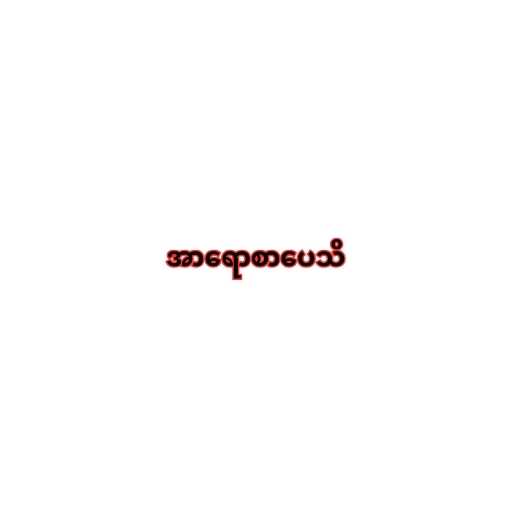
အာရောစာပေသိ